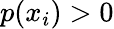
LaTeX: p(x_{i})>0